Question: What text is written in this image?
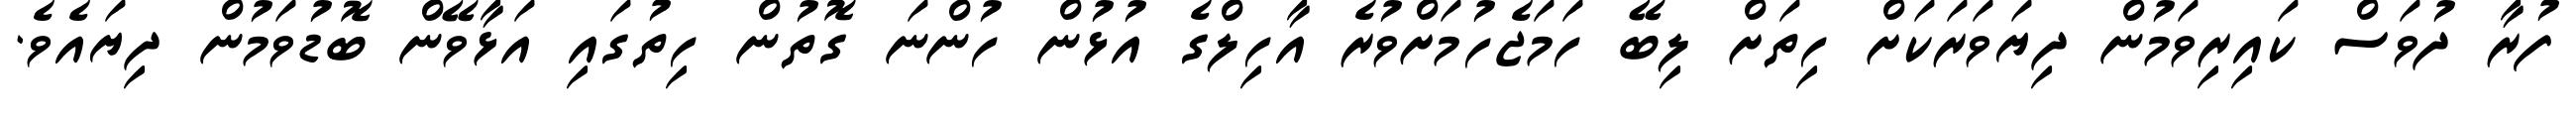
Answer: ފުރާ ދުވަސް ކައިރިވަމުން ދިޔަވަރަކަށް ހިތަށް ލިބޭ ހަމަޖެހުމަށްވުރެ އާހިލްގެ އުޅުން ހުންނަ ގޮތުން ހިތުގައި އަޅާވޭން ބޮޑުވަމުން ދިޔައެވެ.